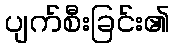
ပျက်စီးခြင်း၏